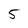
Character: 5